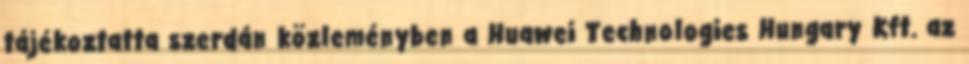
tájékoztatta szerdán közleményben a Huawei Technologies Hungary Kft. az